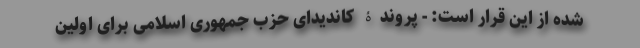
شده از این قرار است: - پروندۀ کاندیدای حزب جمهوری اسلامی برای اولین